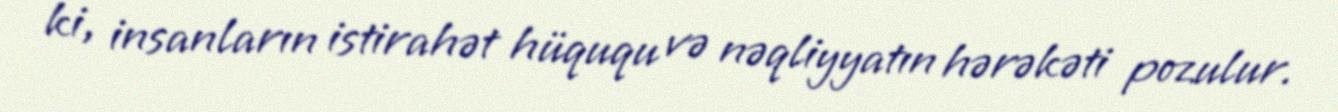
ki, insanların istirahət hüququ və nəqliyyatın hərəkəti pozulur.